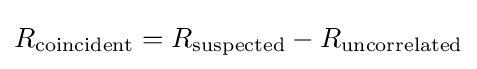
R_{\rm {coincident}}=R_{\rm {suspected}}-R_{\rm {uncorrelated}}